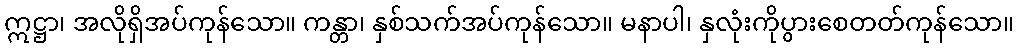
ဣဋ္ဌာ၊ အလိုရှိအပ်ကုန်သော။ ကန္တာ၊ နှစ်သက်အပ်ကုန်သော။ မနာပါ၊ နှလုံးကိုပွားစေတတ်ကုန်သော။